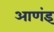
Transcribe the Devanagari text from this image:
आणंइ